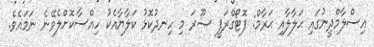
އިސްލާމްދީނުގައި ޙަލާލާއި ޙަރާމް: ފޮޓޯގްރަފީ ޞޫރަ މި ހިނދުކޮޅު ކަލާޔާއެކު ހިއްސާކޮށްލެވޭނެ ނަމައެވެ.